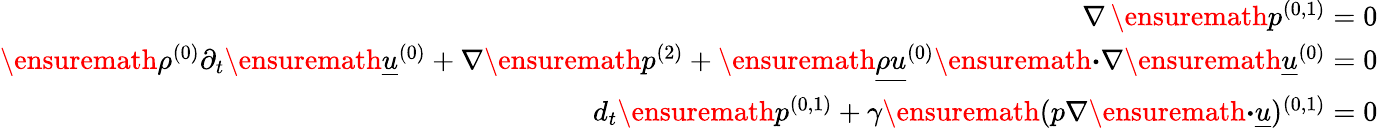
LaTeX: \begin{array}{r}{\nabla\, \ensuremath{p^{(0,1)}}=0}\\ {\ensuremath{\rho^{(0)}}\partial_{t}\ensuremath{\underline{{u}}^{(0)}}+\nabla\ensuremath{p^{(2)}}+\ensuremath{\underline{{\rho u}}^{(0)}}\ensuremath{\boldsymbol{\cdot}}\nabla\ensuremath{\underline{{u}}^{(0)}}=0}\\ {d_{t}\ensuremath{p^{(0,1)}}+\gamma\ensuremath{(p\nabla\ensuremath{\boldsymbol{\cdot}}\underline{{u}})^{(0,1)}}=0}\end{array}